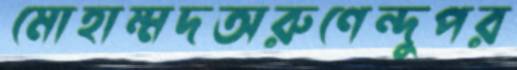
মোহাম্মদঅরুণেন্দুপর